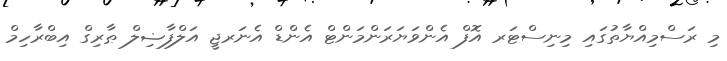
މި ރަސްމިއްޔާތުގައި މިނިސްޓަރ އޮފް އެންވަޔަރަންމަންޓް އެންޑް އެނަރޖީ އަލްފާޟިލް ޠާރިގް އިބްރާހިމް